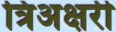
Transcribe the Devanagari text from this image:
त्रिअक्षरी